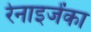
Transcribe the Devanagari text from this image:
रेनाइजेंका